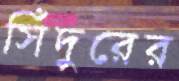
সিঁদুরের